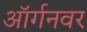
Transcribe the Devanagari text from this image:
ऑर्गनवर